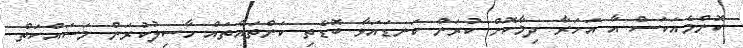
ކޮންމެއަކަސް އާ އަހަރާ ދިމާކޮށް ކުރަން ކަނޑައަޅާ ބޮޑެތި ކަންތައްތައް ހާސިލުކުރަން މަސައްކަތް